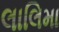
લાલિમા